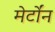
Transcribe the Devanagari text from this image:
मेर्टोंन